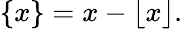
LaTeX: \{ x\} =x-\lfloor x\rfloor.